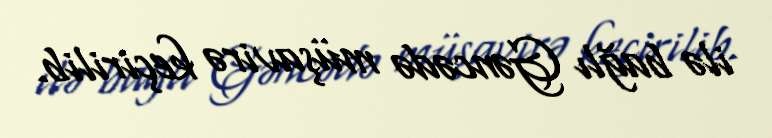
ilə bağlı Gəncədə müşavirə keçirilib.